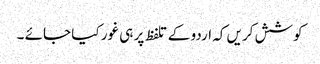
کوشش کریں کہ اردو کے تلفظ پر ہی غور کیا جائے ۔